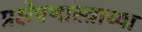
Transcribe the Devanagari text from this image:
प्रक्षेपणास्त्राच्या